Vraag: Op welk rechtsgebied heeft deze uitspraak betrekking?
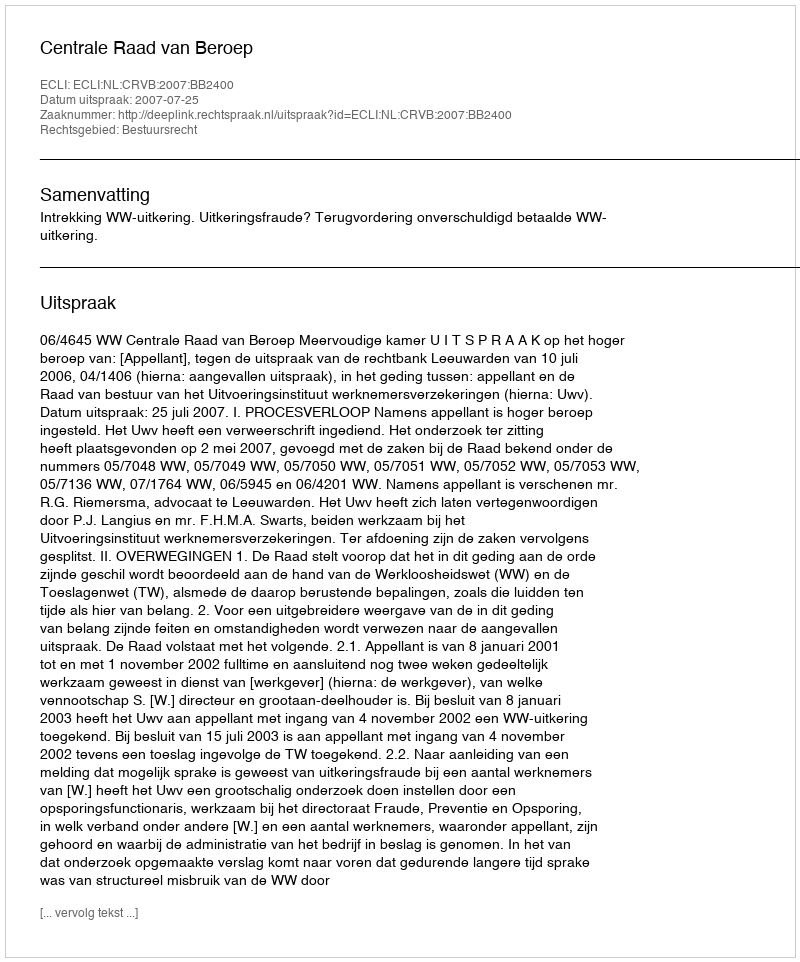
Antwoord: Bestuursrecht